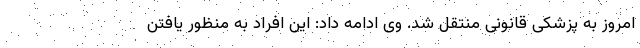
امروز به پزشکی قانونی منتقل شد. وی ادامه داد: این افراد به منظور یافتن